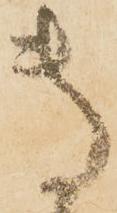
専